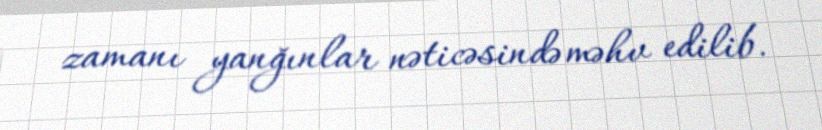
zamanı yanğınlar nəticəsində məhv edilib.